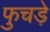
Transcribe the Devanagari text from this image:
फुचड़े